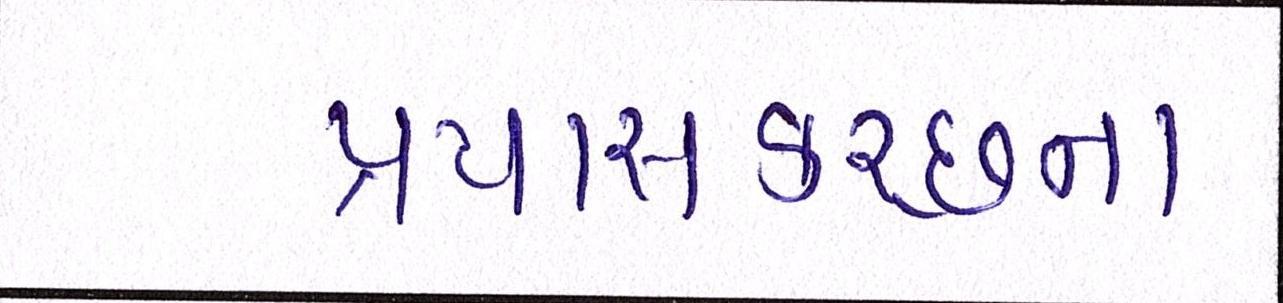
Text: પ્રયાસકચ્છના